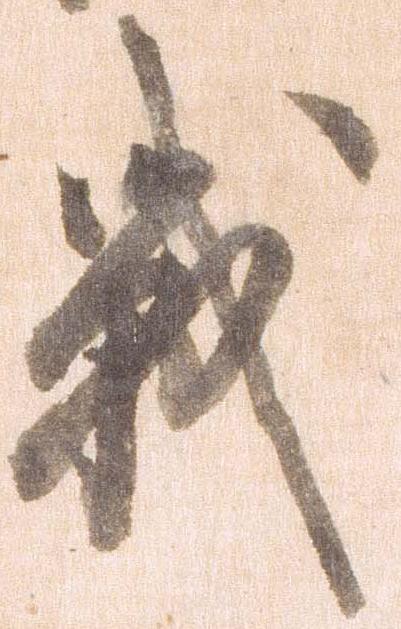
戦